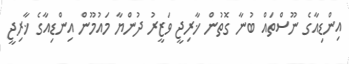
އިންޑިއާގެ ނޫސްތައް ބުނާ ގޮތުން ޚާރިޖީ ވަޒީރު ދުންޔާ މައުމޫން އިންޑިއާގެ ޚާރިޖީ